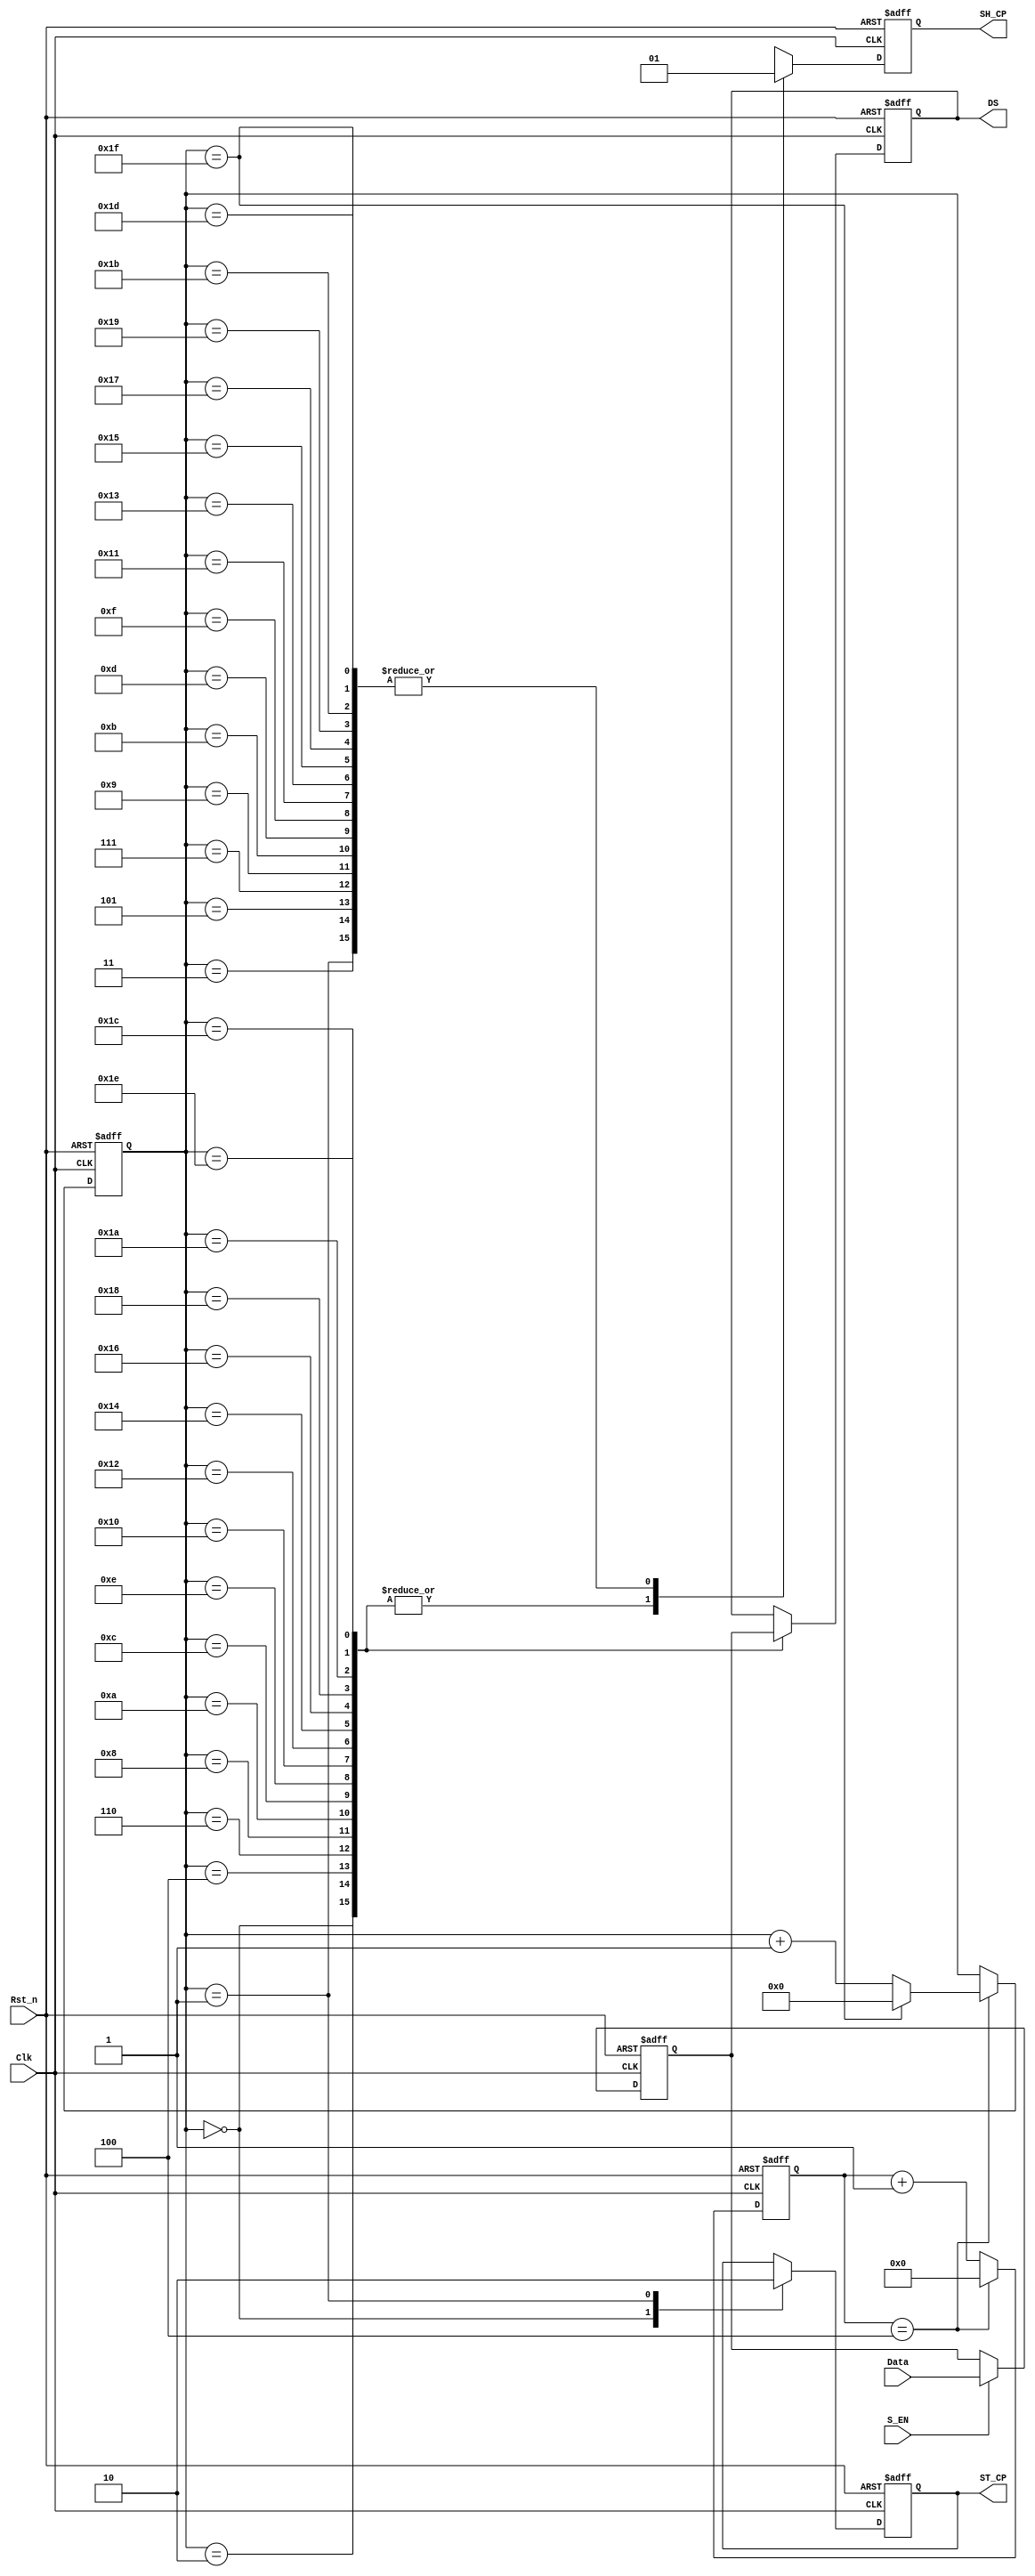
`timescale 1ns / 1ps
module OLED_drive(
	Clk,
	Rst_n,
	Data,
	S_EN,
	SH_CP,
	ST_CP,
	DS
    );
    parameter DATA_WIDTH = 16;

	input Clk;
	input Rst_n;
	input [DATA_WIDTH-1 : 0] Data;	//data to send
	input S_EN;	//send en
	output reg SH_CP;	//shift clock
	output reg ST_CP;	//latch data clock
	output reg DS;	//shift serial data
	
	parameter CNT_MAX = 4;  //4
	
	
	reg [15:0] divider_cnt;//
	wire sck_pluse;
	
	reg [4:0]SHCP_EDGE_CNT;//SH_CP EDGE counter
	
	reg [15:0]r_data;
	
	always@(posedge Clk or negedge Rst_n)
	if(!Rst_n)
		r_data <= 16'd0;
	else if(S_EN)
		r_data <= Data;											//
	else
		r_data <= r_data;
		
	//clock divide
	always@(posedge Clk or negedge Rst_n)
	if(!Rst_n)
		divider_cnt <= 16'd0;
	else if(divider_cnt == CNT_MAX)								//
		divider_cnt <= 16'd0;
	else
		divider_cnt <= divider_cnt + 1'b1;
		
	assign sck_pluse = (divider_cnt == CNT_MAX);				//
	
	always@(posedge Clk or negedge Rst_n)
	if(!Rst_n)
		SHCP_EDGE_CNT <= 5'd0;
	else if(sck_pluse)begin
		if(SHCP_EDGE_CNT ==  5'd31)
			SHCP_EDGE_CNT <= 5'd0;
		else
			SHCP_EDGE_CNT <= SHCP_EDGE_CNT + 1'd1;
	end
	else
		SHCP_EDGE_CNT <= SHCP_EDGE_CNT;
		
	always@(posedge Clk or negedge Rst_n)
	if(!Rst_n)begin
		SH_CP <= 1'b0;
		ST_CP <= 1'b0;
		DS <= 1'b0;	
	end
	else begin
		case(SHCP_EDGE_CNT)
			5'd0 :begin SH_CP <= 1'b0; ST_CP <= 1'b1; DS <= r_data[15]; end
			5'd1 :begin SH_CP <= 1'b1; ST_CP <= 1'b0;end
			5'd2 :begin SH_CP <= 1'b0; DS <= r_data[14];end
			5'd3 :begin SH_CP <= 1'b1; end
			5'd4 :begin SH_CP <= 1'b0; DS <= r_data[13];end
			5'd5 :begin SH_CP <= 1'b1; end
			5'd6 :begin SH_CP <= 1'b0; DS <= r_data[12];end
			5'd7 :begin SH_CP <= 1'b1; end
			5'd8 :begin SH_CP <= 1'b0; DS <= r_data[11];end
			5'd9 :begin SH_CP <= 1'b1; end
			5'd10:begin SH_CP <= 1'b0; DS <= r_data[10];end
			5'd11:begin SH_CP <= 1'b1; end
			5'd12:begin SH_CP <= 1'b0; DS <= r_data[9];end
			5'd13:begin SH_CP <= 1'b1; end
			5'd14:begin SH_CP <= 1'b0; DS <= r_data[8];end
			5'd15:begin SH_CP <= 1'b1; end
			5'd16:begin SH_CP <= 1'b0; DS <= r_data[7];end
			5'd17:begin SH_CP <= 1'b1; end
			5'd18:begin SH_CP <= 1'b0; DS <= r_data[6];end
			5'd19:begin SH_CP <= 1'b1; end
			5'd20:begin SH_CP <= 1'b0; DS <= r_data[5];end
			5'd21:begin SH_CP <= 1'b1; end
			5'd22:begin SH_CP <= 1'b0; DS <= r_data[4];end
			5'd23:begin SH_CP <= 1'b1; end
			5'd24:begin SH_CP <= 1'b0; DS <= r_data[3];end
			5'd25:begin SH_CP <= 1'b1; end
			5'd26:begin SH_CP <= 1'b0; DS <= r_data[2];end
			5'd27:begin SH_CP <= 1'b1; end
			5'd28:begin SH_CP <= 1'b0; DS <= r_data[1];end
			5'd29:begin SH_CP <= 1'b1; end
			5'd30:begin SH_CP <= 1'b0; DS <= r_data[0];end
			5'd31:begin SH_CP <= 1'b1; end
		endcase	
	end
endmodule